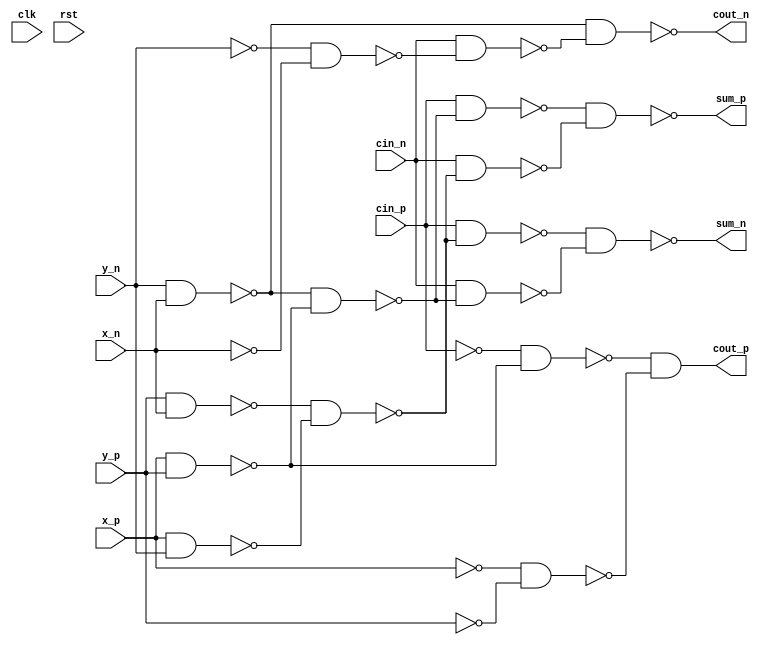
/* Generated by Yosys 0.25+99 (git sha1 54bf15a5b, x86_64-apple-darwin20.2-clang 10.0.0-4ubuntu1 -fPIC -Os) */

(* top =  1  *)
(* src = "FA_DR.v:5.1-66.10" *)
module toplevel(clk, rst, cin_n, cin_p, x_n, x_p, y_n, y_p, cout_n, cout_p, sum_n, sum_p);
  (* src = "FA_DR.v:8.11-8.16" *)
  wire _00_;
  (* src = "FA_DR.v:9.11-9.16" *)
  wire _01_;
  (* src = "FA_DR.v:14.12-14.18" *)
  wire _02_;
  (* src = "FA_DR.v:15.12-15.18" *)
  wire _03_;
  wire _04_;
  wire _05_;
  wire _06_;
  wire _07_;
  wire _08_;
  wire _09_;
  wire _10_;
  wire _11_;
  wire _12_;
  wire _13_;
  wire _14_;
  wire _15_;
  wire _16_;
  wire _17_;
  wire _18_;
  wire _19_;
  wire _20_;
  wire _21_;
  wire _22_;
  wire _23_;
  (* src = "FA_DR.v:16.12-16.17" *)
  wire _24_;
  (* src = "FA_DR.v:17.12-17.17" *)
  wire _25_;
  (* src = "FA_DR.v:10.11-10.14" *)
  wire _26_;
  (* src = "FA_DR.v:11.11-11.14" *)
  wire _27_;
  (* src = "FA_DR.v:12.11-12.14" *)
  wire _28_;
  (* src = "FA_DR.v:13.11-13.14" *)
  wire _29_;
  (* src = "FA_DR.v:8.11-8.16" *)
  input cin_n;
  wire cin_n;
  (* src = "FA_DR.v:9.11-9.16" *)
  input cin_p;
  wire cin_p;
  (* src = "FA_DR.v:6.11-6.14" *)
  input clk;
  wire clk;
  (* src = "FA_DR.v:14.12-14.18" *)
  output cout_n;
  wire cout_n;
  (* src = "FA_DR.v:15.12-15.18" *)
  output cout_p;
  wire cout_p;
  (* src = "FA_DR.v:7.11-7.14" *)
  input rst;
  wire rst;
  (* src = "FA_DR.v:16.12-16.17" *)
  output sum_n;
  wire sum_n;
  (* src = "FA_DR.v:17.12-17.17" *)
  output sum_p;
  wire sum_p;
  (* src = "FA_DR.v:19.10-19.15" *)
  wire tmp34;
  (* src = "FA_DR.v:20.10-20.15" *)
  wire tmp36;
  (* src = "FA_DR.v:21.10-21.15" *)
  wire tmp39;
  (* src = "FA_DR.v:22.10-22.15" *)
  wire tmp41;
  (* src = "FA_DR.v:23.10-23.15" *)
  wire tmp42;
  (* src = "FA_DR.v:24.10-24.15" *)
  wire tmp43;
  (* src = "FA_DR.v:25.10-25.15" *)
  wire tmp44;
  (* src = "FA_DR.v:26.10-26.15" *)
  wire tmp45;
  (* src = "FA_DR.v:27.10-27.15" *)
  wire tmp46;
  (* src = "FA_DR.v:28.10-28.15" *)
  wire tmp47;
  (* src = "FA_DR.v:29.10-29.15" *)
  wire tmp48;
  (* src = "FA_DR.v:30.10-30.15" *)
  wire tmp50;
  (* src = "FA_DR.v:31.10-31.15" *)
  wire tmp51;
  (* src = "FA_DR.v:32.10-32.15" *)
  wire tmp52;
  (* src = "FA_DR.v:33.10-33.15" *)
  wire tmp53;
  (* src = "FA_DR.v:34.10-34.15" *)
  wire tmp56;
  (* src = "FA_DR.v:35.10-35.15" *)
  wire tmp57;
  (* src = "FA_DR.v:36.10-36.15" *)
  wire tmp59;
  (* src = "FA_DR.v:37.10-37.15" *)
  wire tmp60;
  (* src = "FA_DR.v:38.10-38.15" *)
  wire tmp61;
  (* src = "FA_DR.v:10.11-10.14" *)
  input x_n;
  wire x_n;
  (* src = "FA_DR.v:11.11-11.14" *)
  input x_p;
  wire x_p;
  (* src = "FA_DR.v:12.11-12.14" *)
  input y_n;
  wire y_n;
  (* src = "FA_DR.v:13.11-13.14" *)
  input y_p;
  wire y_p;
  assign _04_ = ~_27_;
  assign _05_ = ~_29_;
  assign _06_ = ~_01_;
  assign _07_ = ~_28_;
  assign _08_ = ~_26_;
  assign _09_ = ~(_07_ & _08_);
  assign _10_ = ~(_28_ & _26_);
  assign _11_ = ~(_00_ & _09_);
  assign _02_ = ~(_10_ & _11_);
  assign _12_ = ~(_27_ & _29_);
  assign _13_ = ~(_06_ & _12_);
  assign _14_ = ~(_04_ & _05_);
  assign _15_ = ~(_13_ & _14_);
  assign _03_ = ~_15_;
  assign _16_ = ~(_10_ & _12_);
  assign _17_ = ~(_01_ & _16_);
  assign _18_ = ~(_29_ & _26_);
  assign _19_ = ~(_27_ & _28_);
  assign _20_ = ~(_18_ & _19_);
  assign _21_ = ~(_00_ & _20_);
  assign _25_ = ~(_17_ & _21_);
  assign _22_ = ~(_01_ & _20_);
  assign _23_ = ~(_00_ & _16_);
  assign _24_ = ~(_22_ & _23_);
  assign tmp39 = cout_n;
  assign tmp42 = cout_p;
  assign tmp48 = sum_p;
  assign tmp50 = sum_n;
  assign cout_n = _02_;
  assign _27_ = x_p;
  assign _29_ = y_p;
  assign cout_p = _03_;
  assign _01_ = cin_p;
  assign _00_ = cin_n;
  assign sum_p = _25_;
  assign sum_n = _24_;
  assign _28_ = y_n;
  assign _26_ = x_n;
endmodule